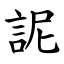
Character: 䛏